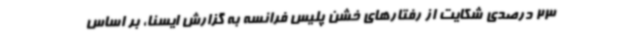
23 درصدی شکایت از رفتارهای خشن پلیس فرانسه به گزارش ایسنا، بر اساس